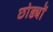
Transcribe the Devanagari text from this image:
छोड्यों